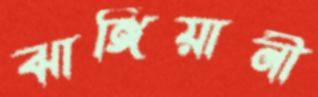
ঝাঙ্গিয়ানী